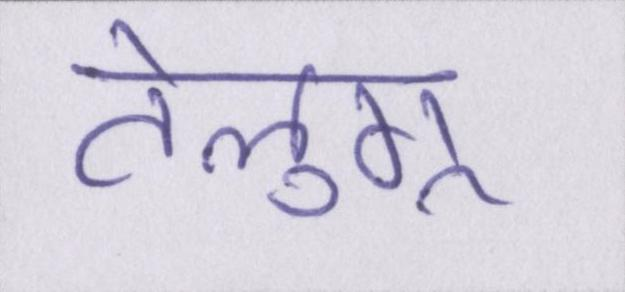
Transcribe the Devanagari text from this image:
तेलुगू